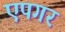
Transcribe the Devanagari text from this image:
एपगर